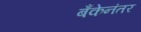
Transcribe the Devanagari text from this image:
बँकेनंतर